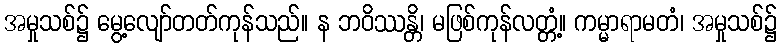
အမှုသစ်၌ မွေ့လျော်တတ်ကုန်သည်။ န ဘဝိဿန္တိ၊ မဖြစ်ကုန်လတ္တံ့။ ကမ္မာရာမတံ၊ အမှုသစ်၌